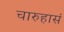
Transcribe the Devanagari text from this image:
चारुहासं